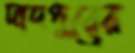
দাদপুরের